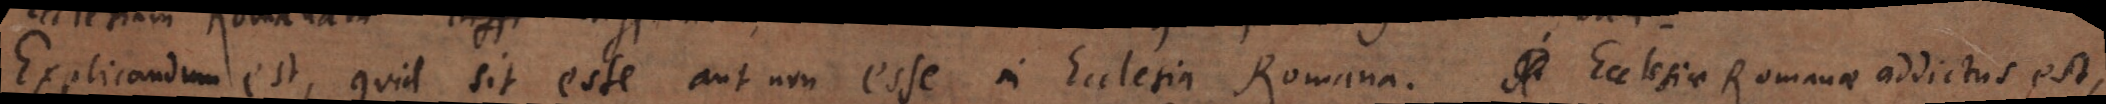
Explicandum est, quid sit esse aut non esse in Ecclesia Romana. Ecclesiae Romanae addictus est,